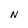
Character: N